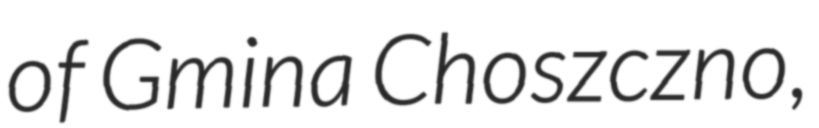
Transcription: of Gmina Choszczno,